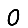
Digit: 0